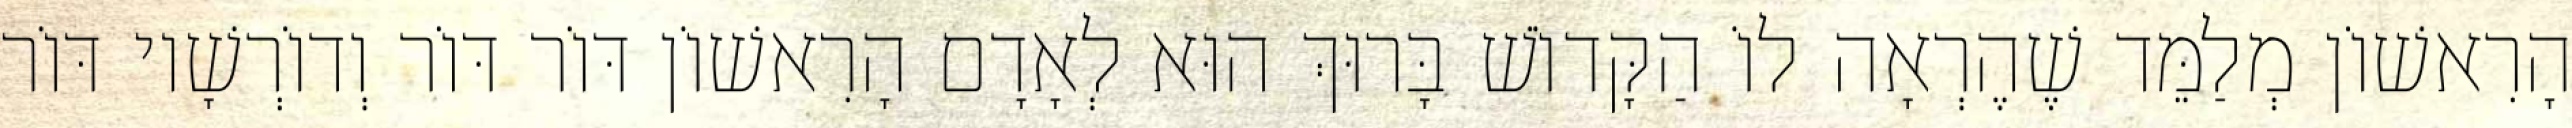
הָרִאשׁוֹן מְלַמֵּד שֶׁהֶרְאָה לוֹ הַקָּדוֹשׁ בָּרוּךְ הוּא לְאָדָם הָרִאשׁוֹן דּוֹר דּוֹר וְדוֹרְשָׁיו דּוֹר